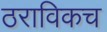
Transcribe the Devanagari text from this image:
ठराविकच